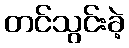
တင်သွင်းခဲ့